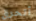
أتحرق